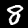
Digit: 8